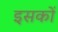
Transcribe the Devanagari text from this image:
इसकों